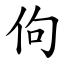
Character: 佝